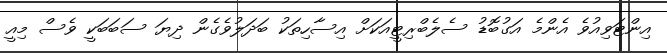
އިންޓަވިއުވެ އެންމެ އަގުބޮޑު ސެލެބްރިޓީއަކަށް އިސާހިތަކު ބަދަލުވެގެން ދިޔަ ސަބަބަކީ ވެސް މިއީ